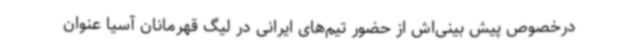
درخصوص پیش بینی‌اش از حضور تیم‌های ایرانی در لیگ قهرمانان آسیا عنوان